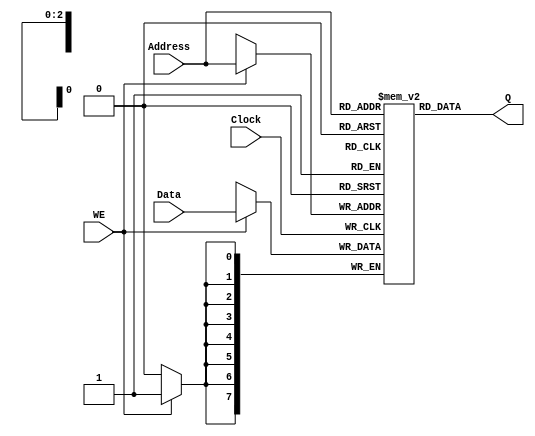
`timescale 1 ns/100 ps
//#############################################
//# Behavioral single-port SRAM description :
//# Active High write enable (WE)
//# Rising clock edge (Clock)
//#############################################
module reg_sram(Data, Q, Clock, WE, Address);
parameter width = 8;
parameter depth = 8;
parameter addr = 3;
input Clock, WE;
input [addr-1:0] Address;
input [width-1:0] Data;
output [width-1:0] Q;
wire [width-1:0] Q;
reg [width-1:0] mem_data [depth-1:0];
always @(posedge Clock)
if(WE)
 mem_data[Address] = #1 Data;
assign Q = mem_data[Address];
endmodule